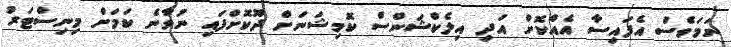
ނަމަވެސް އެފައިސާ އެއްކޮށް އަދި އިލެކްޝަންސް ކޮމިޝަނަށް ދޫކޮށްފައި ނުވާނެ ކަމަށް މިނިސްޓަރު